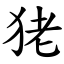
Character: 狫